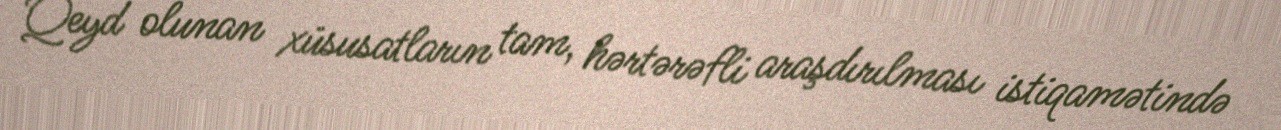
Qeyd olunan xüsusatların tam, hərtərəfli araşdırılması istiqamətində